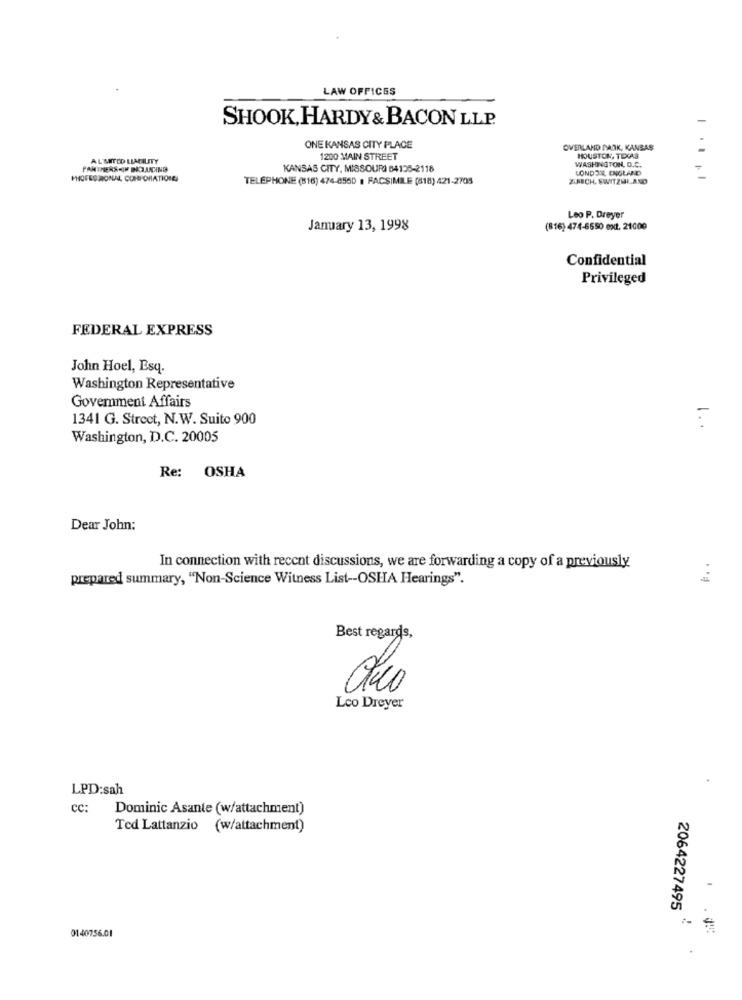
LAW OFFICES
SHOOK, HARDY& BACON LLP.
ONE KANSAS CITY PLACE
OVERLAND PARK, KANSAS
ALAMITED LIABILITY
1200 MAIN STREET
WASHINGTON, D.C.
HOUSTON, TEXAS
KANSAS CITY, MISSOURI 64105-2118
LONDON, ENGLAND
PROFESIONAL, CORPORATIONG
TELEPHONE (816) 474-8560 : FACSIMILE (818) 421-2705
ZUMSCH, SWITZERLAND
Leo P. Dreyer
January 13, 1998
(816) 474-6550 ext. 21000
Confidential
Privileged
FEDERAL EXPRESS
John Hoel, Esq.
Washington Representative
Government Affairs
1341 G. Street, N.W. Suito 900
1 ..
Washington, D.C. 20005
Re: OSHA
Dear John:
In connection with recent discussions, we are forwarding a copy of a previously
prepared summary, "Non-Science Witness List -- OSHA Hearings".
Best regards,
Leo Dreyer
LPD:sah
cc: Dominic Asante (w/attachment)
Ted Lattanzio (w/attachment)
-
2064227495
0140756.01